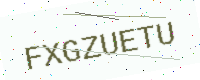
Text: FXGZUETU